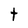
Character: t